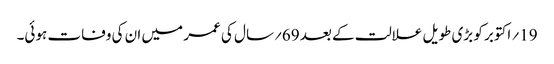
19؍ اکتوبر کو بڑی طویل علالت کے بعد 69؍سال کی عمر میں ان کی وفات ہوئی۔